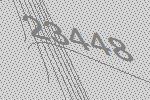
23448